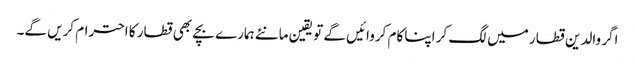
اگر والدین قطار میں لگ کر اپنا کام کروائیں گے تو یقین مانئے ہمارے بچے بھی قطار کا احترام کریں گے۔